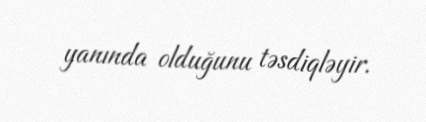
yanında olduğunu təsdiqləyir.